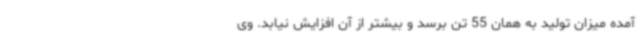
آمده میزان تولید به همان 55 تن برسد و بیشتر از آن افزایش نیابد. وی